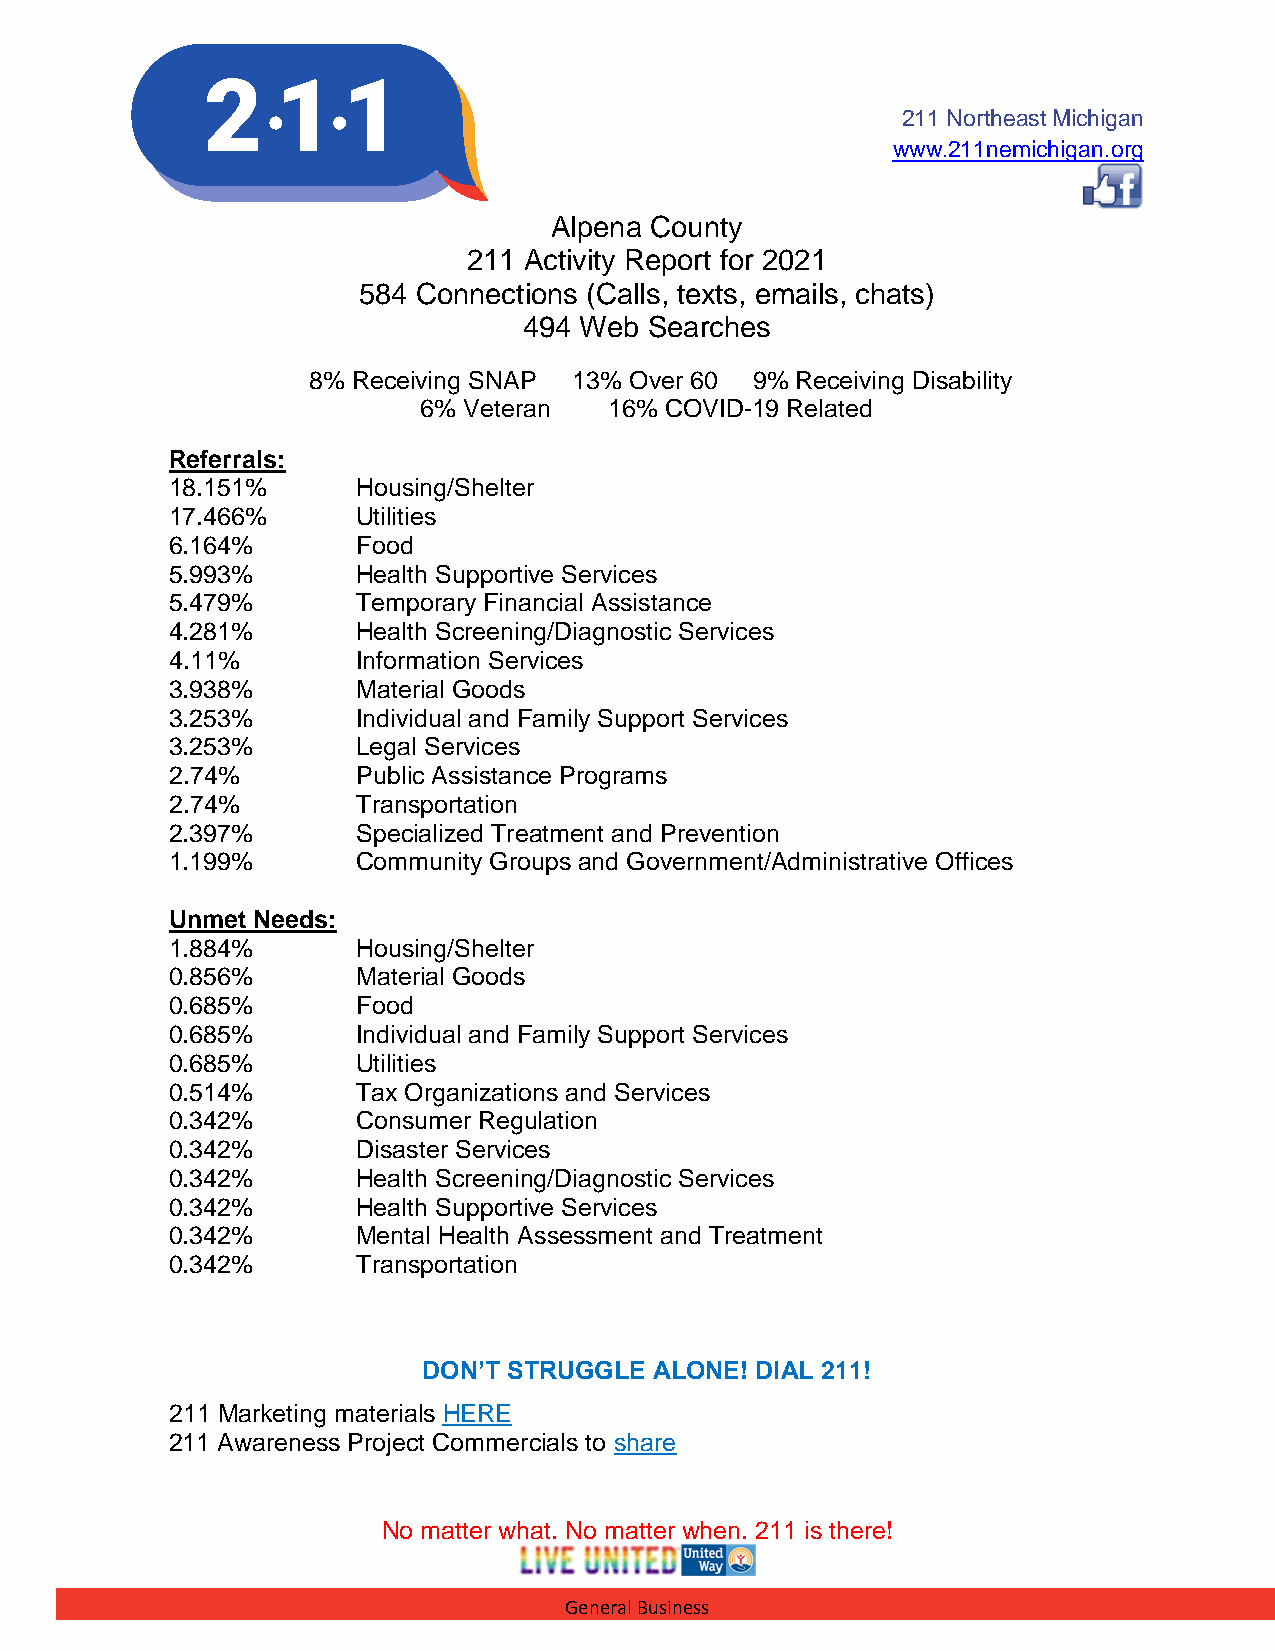
211 Northeast Michigan
 www.211nemichigan.org
 Alpena County
 211 Activity Report for 2021
 584 Connections (Calls, texts, emails, chats)
 494 Web Searches
 8% Receiving SNAP 13% Over 60 9% Receiving Disability
 6% Veteran  16% COVID-19 Related
 Referrals:
 18.151%      Housing/Shelter
 17.466%      Utilities
 6.164%       Food
 5.993%       Health Supportive Services
 5.479%       Temporary Financial Assistance
 4.281%       Health Screening/Diagnostic Services
 4.11%        Information Services
 3.938%       Material Goods
 3.253%       Individual and Family Support Services
 3.253%       Legal Services
 2.74%        Public Assistance Programs
 2.74%        Transportation
 2.397%       Specialized Treatment and Prevention
 1.199%       Community Groups and Government/Administrative Offices
 Unmet Needs:
 1.884%       Housing/Shelter
 0.856%       Material Goods
 0.685%       Food
 0.685%       Individual and Family Support Services
 0.685%       Utilities
 0.514%       Tax Organizations and Services
 0.342%       Consumer Regulation
 0.342%       Disaster Services
 0.342%       Health Screening/Diagnostic Services
 0.342%       Health Supportive Services
 0.342%       Mental Health Assessment and Treatment
 0.342%       Transportation
 DON’T STRUGGLE ALONE! DIAL 211!
 211 Marketing materials HERE
 211 Awareness Project Commercials to share
 No matter what. No matter when. 211 is there!
 General Business